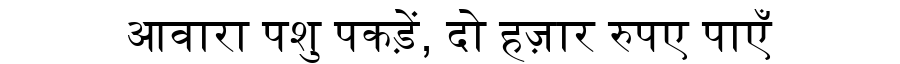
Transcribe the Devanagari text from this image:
आवारा पशु पकड़ें, दो हज़ार रुपए पाएँ